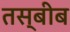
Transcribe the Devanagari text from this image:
तस्बीब